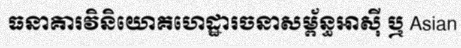
ធនាគារវិនិយោគហេដ្ឋារចនាសម្ព័ន្ធអាស៊ី ឬ Asian